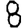
Digit: 8